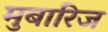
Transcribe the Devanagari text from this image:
मुबारिज